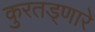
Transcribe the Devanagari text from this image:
कुरतड्णारे